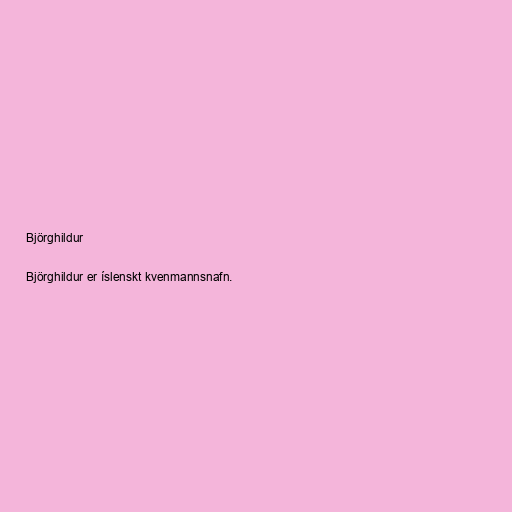
Björghildur

Björghildur er íslenskt kvenmannsnafn.